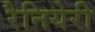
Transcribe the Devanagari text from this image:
रैनियेरी